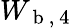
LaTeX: W_{\mathrm{~b~,~4~}}